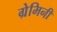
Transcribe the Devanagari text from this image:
ग्रेमिनी